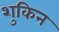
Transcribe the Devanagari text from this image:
शुकिन